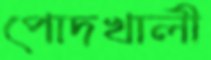
পোদখালী